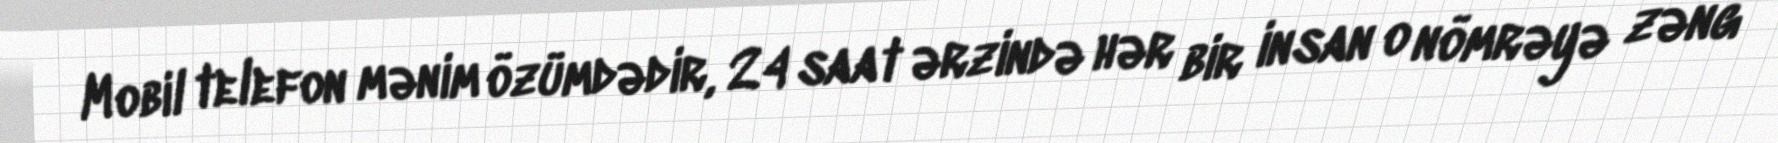
Mobil telefon mənim özümdədir, 24 saat ərzində hər bir insan o nömrəyə zəng